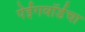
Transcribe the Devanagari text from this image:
पेईंगवॉर्डचा